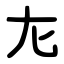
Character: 㔫